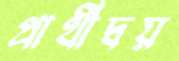
প্রার্থীদ্বয়